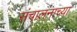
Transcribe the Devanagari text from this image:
संचालनाच्या